Senior Leaving Certificate Examination (including Day School Certificate (Higher) General paper), 1948
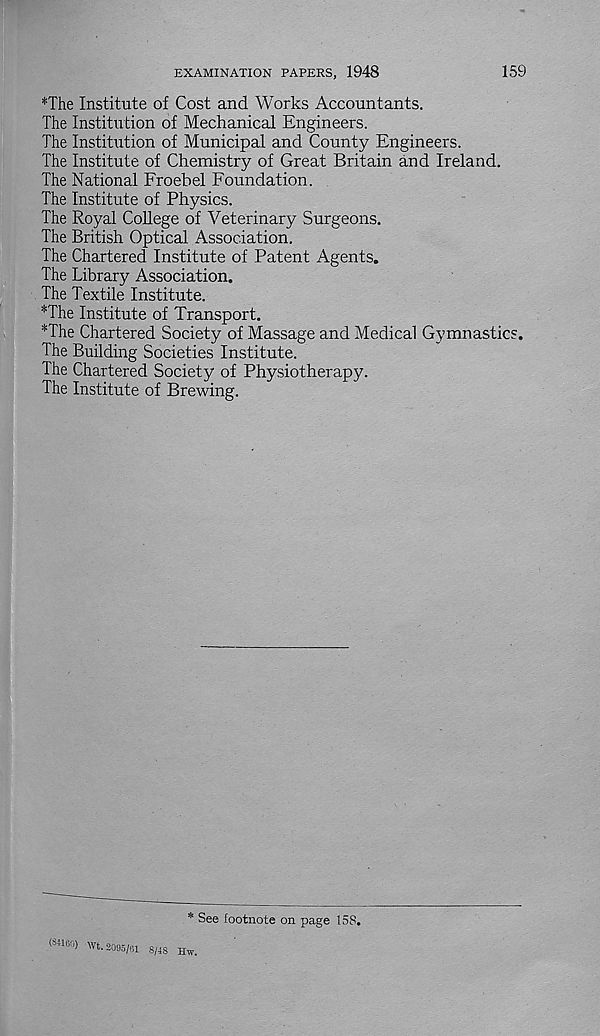
EXAMINATION PAPERS, 1948
159
*The Institute of Cost and Works Accountants.
The Institution of Mechanical Engineers.
The Institution of Municipal and County Engineers.
The Institute of Chemistry of Great Britain and Ireland.
The National Froebel Foundation.
The Institute of Physics.
The Royal College of Veterinary Surgeons.
The British Optical Association.
The Chartered Institute of Patent Agents.
The Library Association.
The Textile Institute.
*The Institute of Transport.
*The Chartered Society of Massage and Medical Gymnastics.
The Building Societies Institute.
The Chartered Society of Physiotherapy.
The Institute of Brewing.
: See footnote on page 158.
(84160) Wt. 2095/61 8/48 Hw.